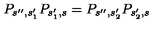
P _ { s ^ { \prime \prime } , s _ { 1 } ^ { \prime } } P _ { s _ { 1 } ^ { \prime } , s } = P _ { s ^ { \prime \prime } , s _ { 2 } ^ { \prime } } P _ { s _ { 2 } ^ { \prime } , s }